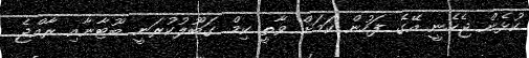
ކުޅެން ޖެހެނީ އޭގެ ފަހުން ކަމަށް ވާތީ ކިމް ގަބޫލުކުރަނީ ބޫޓާނާއި ރާއްޖެ